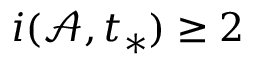
i ( \mathcal { A } , t _ { * } ) \ge 2